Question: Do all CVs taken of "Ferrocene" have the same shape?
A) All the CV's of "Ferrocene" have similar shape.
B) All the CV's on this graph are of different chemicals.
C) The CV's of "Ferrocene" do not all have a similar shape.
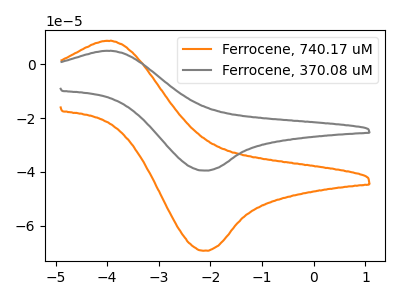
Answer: <think>The orange curve "Ferrocene, 740.17 uM" has an anodic peak at (-3.90V, 8.65uA) and a cathodic peak at (-2.15V, -69.25uA). The gray curve "Ferrocene, 370.08 uM" has an anodic peak at (-3.90V, 4.95uA) and a cathodic peak at (-2.15V, -39.50uA).
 All the peaks in "Ferrocene, 740.17 uM" have a peak in "Ferrocene, 370.08 uM" at the same potential. Every peak in "Ferrocene, 740.17 uM" is higher than every peak in "Ferrocene, 370.08 uM".</think>
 <answer>A) All the CV's of "Ferrocene" have similar shape.</answer>
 <eval>A</eval>